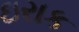
ઇરાક